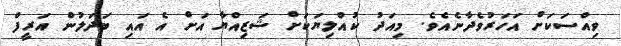
ވިއްސަކަށް އަހަރުވެދާނެއެވެ. މިއަދު ކުއްލިޔަކަށް ޝަޒިއްޔާ އަށް އެ އައި ބަދަލުން އަރީފް